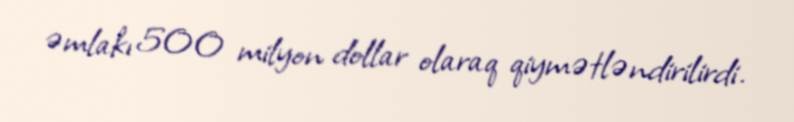
əmlakı 500 milyon dollar olaraq qiymətləndirilirdi.